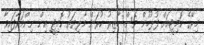
މިރޭގެ ކޮމިޓީއަށް ފުލުހުން ވެސް ހާޒިރު ކުރަން މާލިޔަތު ކޮމިޓީ އިން ނިންމަވާފައިވާ